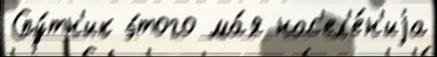
Спу́тн'ик э́того ма́я нас'ел'е́н'иjа